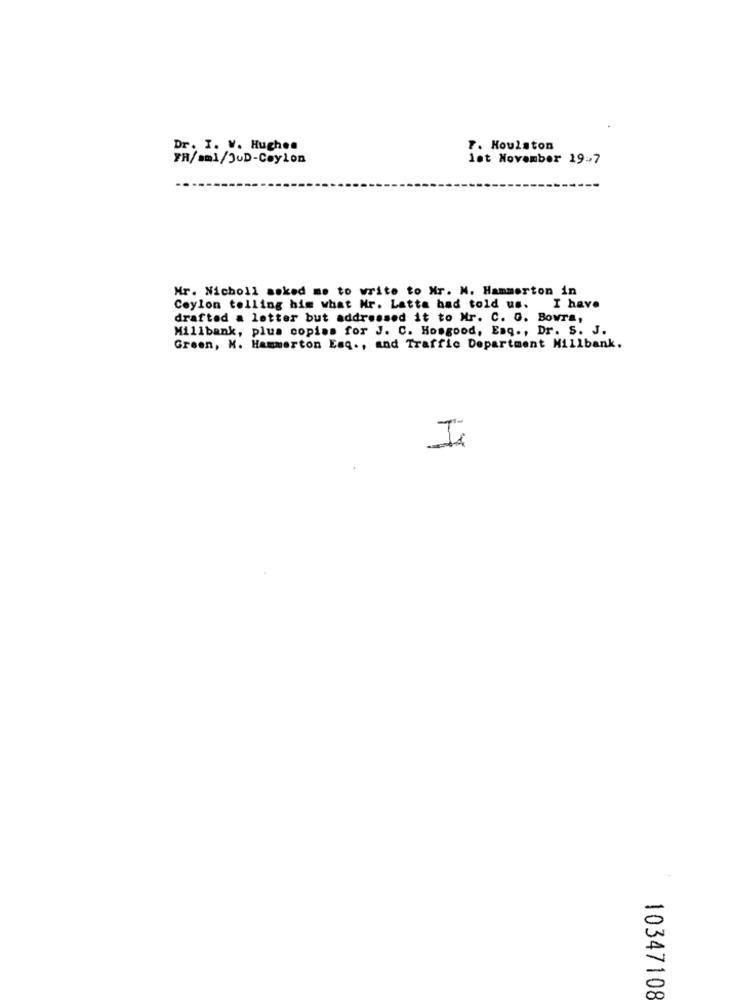
Dr. I. V. Hughes
F. Houlston
FR/=ml/JUD-Ceylon
let November 19-7
Mr. Nicholl asked me to write to Mr. N. Hammerton in
Ceylon telling him what Nr. Latta had told us. I have
drafted a letter but addressed it to Mr. C. G. Bowra,
Millbank, plus copias for J. C. Howgood, Eaq ., Dr. S. J.
Green, M. Hammerton Esq ., and Traffic Department Millbank.
I
10347108